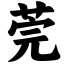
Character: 莞